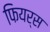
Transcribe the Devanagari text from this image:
फियर्स